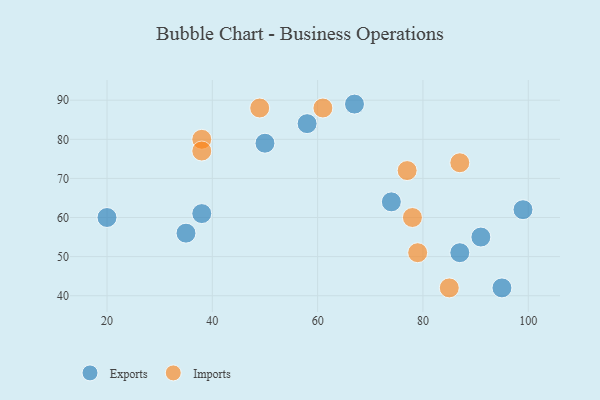
{"axis": {"x": "GDP", "y": "Life Expectancy"}, "legend": ["Exports", "Imports"], "data": [{"x": "87", "y": 51, "type": "Exports"}, {"x": "99", "y": 62, "type": "Exports"}, {"x": "91", "y": 55, "type": "Exports"}, {"x": "58", "y": 84, "type": "Exports"}, {"x": "38", "y": 61, "type": "Exports"}, {"x": "67", "y": 89, "type": "Exports"}, {"x": "35", "y": 56, "type": "Exports"}, {"x": "95", "y": 42, "type": "Exports"}, {"x": "74", "y": 64, "type": "Exports"}, {"x": "20", "y": 60, "type": "Exports"}, {"x": "50", "y": 79, "type": "Exports"}, {"x": "87", "y": 74, "type": "Imports"}, {"x": "77", "y": 72, "type": "Imports"}, {"x": "49", "y": 88, "type": "Imports"}, {"x": "38", "y": 80, "type": "Imports"}, {"x": "78", "y": 60, "type": "Imports"}, {"x": "38", "y": 77, "type": "Imports"}, {"x": "85", "y": 42, "type": "Imports"}, {"x": "61", "y": 88, "type": "Imports"}, {"x": "79", "y": 51, "type": "Imports"}]}